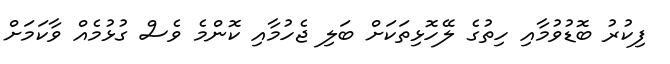
ފިކުރު ބޮޑުވުމާއި ހިތުގެ ލޭހޮޅިތަކަށް ބަލި ޖެހުމާއި ކޮންމެ ވެސް ގުޅުމެއް ވާކަމަށް